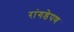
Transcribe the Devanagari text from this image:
रांगडेपण